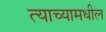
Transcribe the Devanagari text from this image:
त्याच्यामधील